Vaccination in Bombay 1869-1873 - 1869-1873
Year: 1869
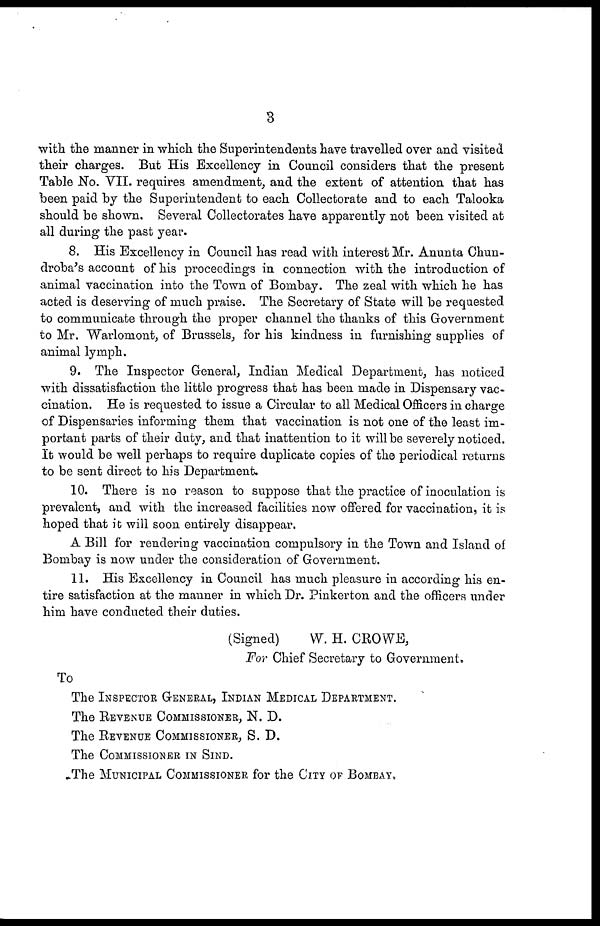
3
with the manner in which the Superintendents have travelled over and visited
their charges. But His Excellency in Council considers that the present
Table No. VII. requires amendment, and the extent of attention that has
been paid by the Superintendent to each Collectorate and to each Talooka
should be shown. Several Collectorates have apparently not been visited at
all during the past year.
8. His Excellency in Council has read with interest Mr. Anunta Chun-
droba's account of his proceedings in connection with the introduction of
animal vaccination into the Town of Bombay. The zeal with which he has
acted is deserving of much praise. The Secretary of State will be requested
to communicate through the proper channel the thanks of this Government
to Mr. Warlomont, of Brussels, for his kindness in furnishing supplies of
animal lymph.
9. The Inspector General, Indian Medical Department, has noticed
with dissatisfaction the little progress that has been made in Dispensary vac-
cination. He is requested to issue a Circular to all Medical Officers in charge
of Dispensaries informing them that vaccination is not one of the least im-
portant parts of their duty, and that inattention to it will be severely noticed.
It would be well perhaps to require duplicate copies of the periodical returns
to be sent direct to his Department.
10. There is no reason to suppose that the practice of inoculation is
prevalent, and with the increased facilities now offered for vaccination, it is
hoped that it will soon entirely disappear.
A Bill for rendering vaccination compulsory in the Town and Island of
Bombay is now under the consideration of Government.
11. His Excellency in Council has much pleasure in according his en-
tire satisfaction at the manner in which Dr. Pinkerton and the officers under
him have conducted their duties.
(Signed)
W. H. CROWE,
For Chief Secretary to Government.
To
The INSPECTOR GENERAL, INDIAN MEDICAL DEPARTMENT.
The REVENUE COMMISSIONER, N. D.
The REVENUE COMMISSIONER, S. D.
The COMMISSIONER IN SIND.
The MUNICIPAL COMMISSIONER for the CITY OF BOMBAY.